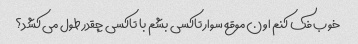
خوب فک کنم اون موقع سوار تاکسی بشم با تاکسی چقدر طول می کشد؟